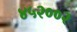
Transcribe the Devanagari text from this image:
४५२००२